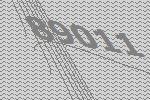
89011